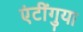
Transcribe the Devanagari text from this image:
एंटींगुया